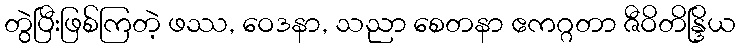
တွဲပြီးဖြစ်ကြတဲ့ ဖဿ, ဝေဒနာ, သညာ စေတနာ ဧကဂ္ဂတာ ဇီဝိတိန္ဒြိယ